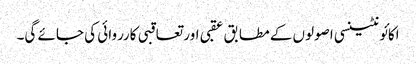
اکائونٹینسی اصولوں کے مطابق عقبی اور تعاقبی کارروائی کی جائے گی۔